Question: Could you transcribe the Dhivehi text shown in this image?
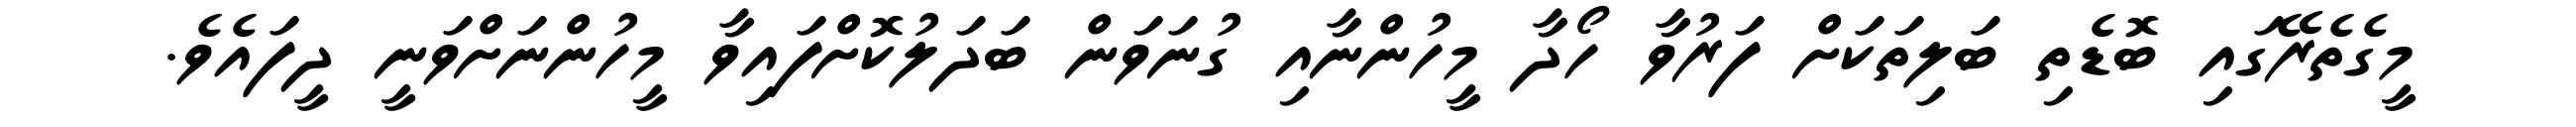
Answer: މީގެތެރޭގައި ބޮޑެތި ބަލިތަކަށް ފަރުވާ ހޯދާ މީހުންނާއި ގުނަވަން ބަދަލުކޮށްފައިވާ މީހުންނަށްވަނީ ދީފައެވެ.